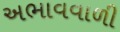
અભાવવાળી